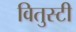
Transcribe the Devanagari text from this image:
वितुस्टी